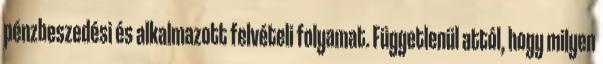
pénzbeszedési és alkalmazott felvételi folyamat. Függetlenül attól, hogy milyen